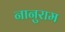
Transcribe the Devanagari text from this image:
नानुराम